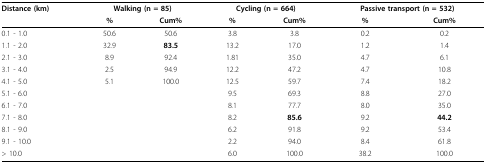
<table><thead><tr><td><b>Distance (km)</b></td><td colspan="2"><b>Walking (n = 85)</b></td><td colspan="2"><b>Cycling (n = 664)</b></td><td colspan="2"><b>Passive transport (n = 532)</b></td></tr><tr><td></td><td><b>%</b></td><td><b>Cum%</b></td><td><b>%</b></td><td><b>Cum%</b></td><td><b>%</b></td><td><b>Cum%</b></td></tr></thead><tbody><tr><td>0.1 - 1.0</td><td>50.6</td><td>50.6</td><td>3.8</td><td>3.8</td><td>0.2</td><td>0.2</td></tr><tr><td>1.1 - 2.0</td><td>32.9</td><td><b>83.5</b></td><td>13.2</td><td>17.0</td><td>1.2</td><td>1.4</td></tr><tr><td>2.1 - 3.0</td><td>8.9</td><td>92.4</td><td>1.81</td><td>35.0</td><td>4.7</td><td>6.1</td></tr><tr><td>3.1 - 4.0</td><td>2.5</td><td>94.9</td><td>12.2</td><td>47.2</td><td>4.7</td><td>10.8</td></tr><tr><td>4.1 - 5.0</td><td>5.1</td><td>100.0</td><td>12.5</td><td>59.7</td><td>7.4</td><td>18.2</td></tr><tr><td>5.1 - 6.0</td><td></td><td></td><td>9.5</td><td>69.3</td><td>8.8</td><td>27.0</td></tr><tr><td>6.1 - 7.0</td><td></td><td></td><td>8.1</td><td>77.7</td><td>8.0</td><td>35.0</td></tr><tr><td>7.1 - 8.0</td><td></td><td></td><td>8.2</td><td><b>85.6</b></td><td>9.2</td><td><b>44.2</b></td></tr><tr><td>8.1 - 9.0</td><td></td><td></td><td>6.2</td><td>91.8</td><td>9.2</td><td>53.4</td></tr><tr><td>9.1 - 10.0</td><td></td><td></td><td>2.2</td><td>94.0</td><td>8.4</td><td>61.8</td></tr><tr><td>&gt; 10.0</td><td></td><td></td><td>6.0</td><td>100.0</td><td>38.2</td><td>100.0</td></tr></tbody></table>